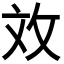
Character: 𫾨